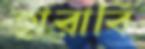
হারাবি